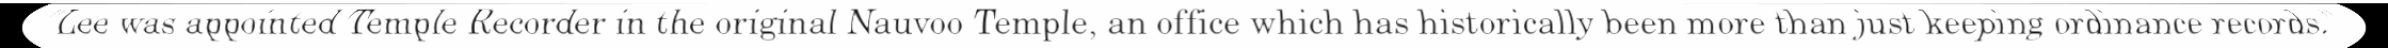
"Lee was appointed Temple Recorder in the original Nauvoo Temple, an office which has historically been more than just keeping ordinance records."